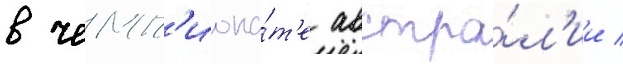
в чемп'иона́т'е австра́л'ии /